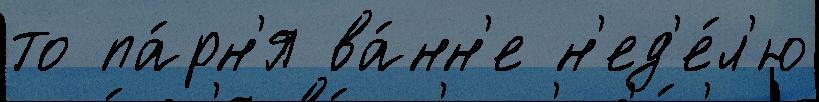
то па́рн'я ва́нн'е н'ед'е́л'ю